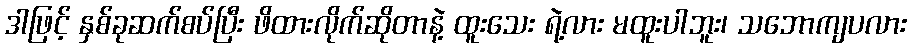
ဒါဖြင့် နှစ်ခုဆက်စပ်ပြီး ဖိထားလိုက်ဆိုတာနဲ့ ထူးသေး ရဲ့လား မထူးပါဘူး၊ သဘောကျပလား